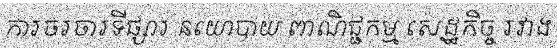
ការចរចារទីផ្សារ នយោបាយ ពាណិជ្ជកម្ម សេដ្ឋកិច្ច រវាង